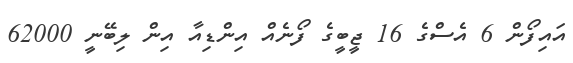
އައިފޯން 6 އެސްގެ 16 ޖީބީގެ ފޯނެއް އިންޑިއާ އިން ލިބޭނީ 62000